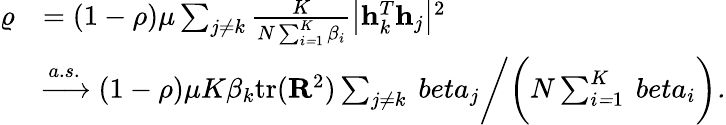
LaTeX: \begin{array}{r}{\begin{array}{rl}{\varrho}&{=(1-\rho)\mu\sum_{j\neq k}\mit\frac{K}{N\sum_{i=\mathrm{1}}\mit^{K}\beta_{i}}\big|\mathbf{h}\mit_{k}^{T}\mathbf{h}\mit_{j}\big|\mathrm{^2}}\\ &{\xrightarrow{a.s.}(1-\rho)\mu K\beta_{k}\mathrm{tr(\mathbf{R}\mathrm{^2)\mit\sum_{j\neq k}\ beta_{j}\bigg/\bigg(N\sum_{i=\mathrm{1}}\mit^{K}\ beta_{i}\bigg).}}}\end{array}}\end{array}